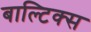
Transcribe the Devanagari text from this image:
बाल्टिक्स